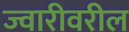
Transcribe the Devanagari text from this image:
ज्वारीवरील